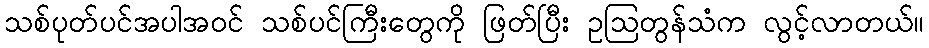
သစ်ပုတ်ပင်အပါအဝင် သစ်ပင်ကြီးတွေကို ဖြတ်ပြီး ဥဩတွန်သံက လွင့်လာတယ်။